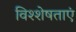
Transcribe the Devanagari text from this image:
विश्शेषताएं